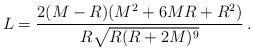
LaTeX: \begin{align*}L=\frac{2(M-R)(M^2+6MR+R^2)}{R\sqrt{R(R+2M)^9}}\, .\end{align*}